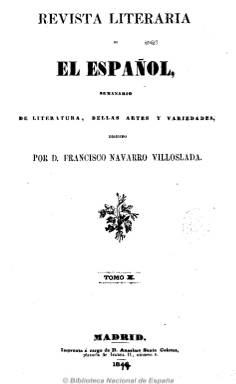
Título: Revista literaria de El Español
Colección: Cultura
Ámbito geográfico: Madrid
Lugar de publicación: Madrid
Fechas: 01/06/1845-21/06/1847

Subtitulada “periódico semanal de literatura, bellas artes y variedades”, inició la tradición de los suplementos literarios en la prensa española, y empezó a publicarse los domingos, día en el que el diario El español no salía, para después aparecer los lunes. Fue dirigida por Francisco Navarro Villoslada, que estuvo acompañado en la redacción por Juan Eugenio Hartzenbusch, que hacía la crítica teatral, Francisco Villoslada, Luis Valladares y Garriga y Cayetano Rosell. También, colaboraron José Amador de los Ríos, que ofreció en sus páginas un anticipo de lo que sería su Historia de los judíos en España; Manuel Cañete, que firmó artículos políticos; Eustaquio Fernández de Navarrete, Benito Maestre, Tomás Muñoz y Romero, Federico Muntadas, Aureliano Fernández-Guerra y Orbe, Nemesio Fernández Cuesta o el tradicionalista Gabino Tejado. Como editor responsable aparece Tomás Araus.

Aparecieron un total de 45 números, de 16 páginas, con artículos de historia y crítica de la literatura española y extranjera, pintura, historia general, arqueología, filosofía, agricultura, industria, ciencias naturales, costumbres, trabajo, sociedad, así como de historia y crítica teatral y apuntes biográficos; también publicó crónicas de viajes y aventuras, así como fondos de creación literaria (narraciones, composiciones poéticas y traducciones) de un marcado carácter conservador y moralista, y una sección bajo el epígrafe “Miscelánea”.